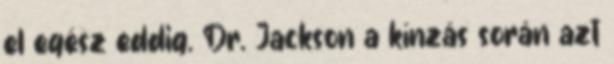
el egész eddig. Dr. Jackson a kínzás során azt